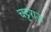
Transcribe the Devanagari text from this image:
चट्टराज